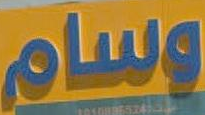
وسام